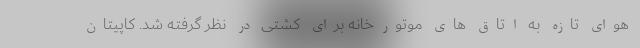
هوای تازه به اتاق های موتورخانه برای کشتی در نظر گرفته شد. کاپیتان